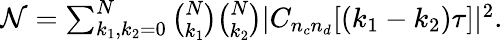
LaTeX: \begin{array}{r}{{\cal N}=\sum_{k_{1},k_{2}=0}^{N}{\binom{N}{k_{1}}}{\binom{N}{k_{2}}}|C_{n_{c}n_{d}}[(k_{1}-k_{2})\tau]|^{2}.}\end{array}